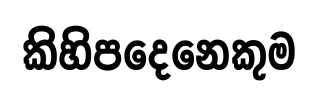
කිහිපදෙනෙකුම